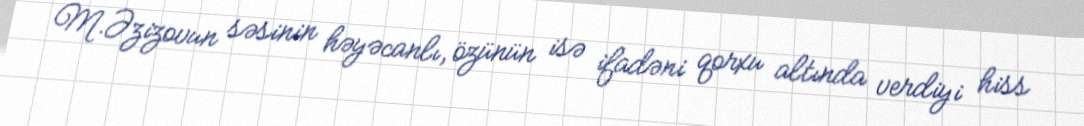
M.Əzizovun səsinin həyəcanlı, özünün isə ifadəni qorxu altında verdiyi hiss